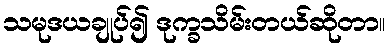
သမုဒယချုပ်၍ ဒုက္ခသိမ်းတယ်ဆိုတာ။